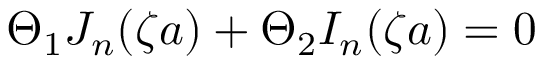
\Theta _ { 1 } J _ { n } ( \zeta a ) + \Theta _ { 2 } I _ { n } ( \zeta a ) = 0